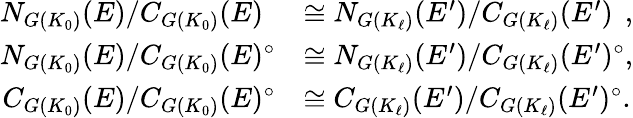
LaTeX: \begin{array}{rl}{N_{G(K_{0})}(E)/C_{G(K_{0})}(E)\phantom{{^{\circ}}}}&{\cong N_{G(K_{\ell})}(E^{\prime})/C_{G(K_{\ell})}(E^{\prime})\phantom{^{\circ}},}\\ {N_{G(K_{0})}(E)/C_{G(K_{0})}(E)^{\circ}}&{\cong N_{G(K_{\ell})}(E^{\prime})/C_{G(K_{\ell})}(E^{\prime})^{\circ},}\\ {C_{G(K_{0})}(E)/C_{G(K_{0})}(E)^{\circ}}&{\cong C_{G(K_{\ell})}(E^{\prime})/C_{G(K_{\ell})}(E^{\prime})^{\circ}.}\end{array}